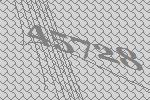
45728